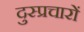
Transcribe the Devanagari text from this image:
दुस्प्रचारों